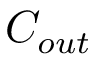
C _ { o u t }